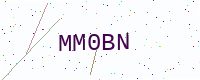
Text: MM0BN